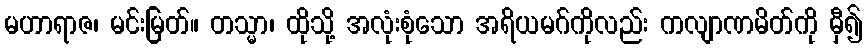
မဟာရာဇ၊ မင်းမြတ်။ တသ္မာ၊ ထိုသို့ အလုံးစုံသော အရိယမဂ်ကိုလည်း ကလျာဏမိတ်ကို မှီ၍